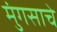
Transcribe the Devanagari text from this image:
मुंगसाचे